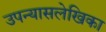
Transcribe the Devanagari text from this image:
उपन्यासलेखिका